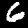
Label: 6